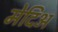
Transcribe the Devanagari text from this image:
मेदिअ